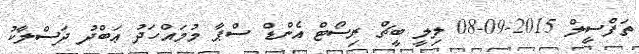
ތަފްސީލް 2015-09-08 ލިލީ ބީޗް ރިސޯޓް އެންޑް ސްޕާ މުމައްހަދު ޢަބްދު ދަސްލާކު